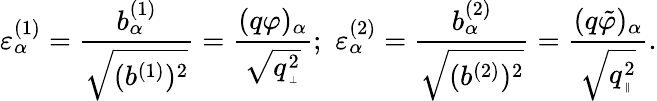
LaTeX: \varepsilon_{\alpha}^{(1)}=\frac{b_{\alpha}^{(1)}}{\sqrt{(b^{(1)})^{2}}}=\frac{(q\varphi)_{\alpha}}{\sqrt{q_{\mathrm{\tiny~\bot~}}^{2}}};\, \, \varepsilon_{\alpha}^{(2)}=\frac{b_{\alpha}^{(2)}}{\sqrt{(b^{(2)})^{2}}}=\frac{(q\tilde{\varphi})_{\alpha}}{\sqrt{q_{\mathrm{\tiny~\| ~}}^{2}}}.